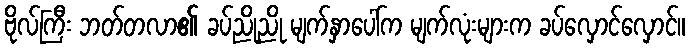
ဗိုလ်ကြီး ဘတ်တလာ၏ ခပ်ညိုညို မျက်နှာပေါ်က မျက်လုံးများက ခပ်လှောင်လှောင်။